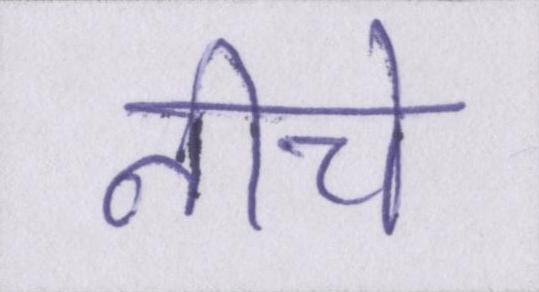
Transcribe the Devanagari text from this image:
नीचे